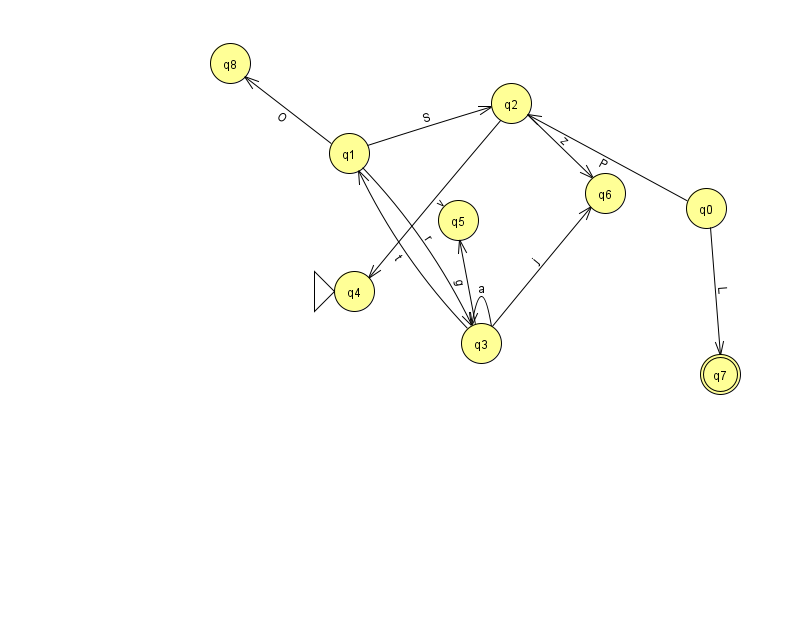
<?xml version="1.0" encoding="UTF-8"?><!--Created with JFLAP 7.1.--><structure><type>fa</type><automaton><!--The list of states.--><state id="0" name="q0"><x>706.0</x><y>195.0</y></state><state id="1" name="q1"><x>349.0</x><y>140.0</y></state><state id="2" name="q2"><x>511.0</x><y>90.0</y></state><state id="3" name="q3"><x>481.0</x><y>330.0</y></state><state id="4" name="q4"><x>354.0</x><y>278.0</y><initial/></state><state id="5" name="q5"><x>458.0</x><y>207.0</y></state><state id="6" name="q6"><x>605.0</x><y>180.0</y></state><state id="7" name="q7"><x>720.0</x><y>361.0</y><final/></state><state id="8" name="q8"><x>230.0</x><y>50.0</y></state><!--The list of transitions.--><transition><from>0</from><to>2</to><read>P</read></transition><transition><from>2</from><to>6</to><read>z</read></transition><transition><from>3</from><to>3</to><read>a</read></transition><transition><from>1</from><to>3</to><read>r</read></transition><transition><from>0</from><to>7</to><read>L</read></transition><transition><from>1</from><to>8</to><read>O</read></transition><transition><from>3</from><to>1</to><read>t</read></transition><transition><from>3</from><to>5</to><read>g</read></transition><transition><from>2</from><to>4</to><read>v</read></transition><transition><from>3</from><to>6</to><read>j</read></transition><transition><from>1</from><to>2</to><read>S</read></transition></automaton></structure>